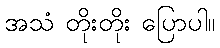
အသံ တိုးတိုး ပြောပါ။